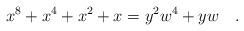
LaTeX: \begin{align*} x^8+x^4+x^2+x=y^2w^4+yw\quad. \end{align*}